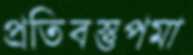
প্রতিবস্তুপমা